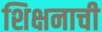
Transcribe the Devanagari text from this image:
शिक्षनाची